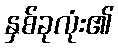
နှစ်ခုလုံး၏